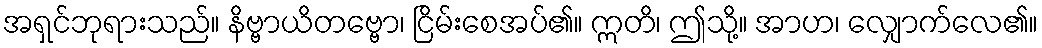
အရှင်ဘုရားသည်။ နိဗ္ဗာယိတဗ္ဗော၊ ငြိမ်းစေအပ်၏။ ဣတိ၊ ဤသို့။ အာဟ၊ လျှောက်လေ၏။